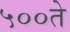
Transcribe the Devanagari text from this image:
५००ते